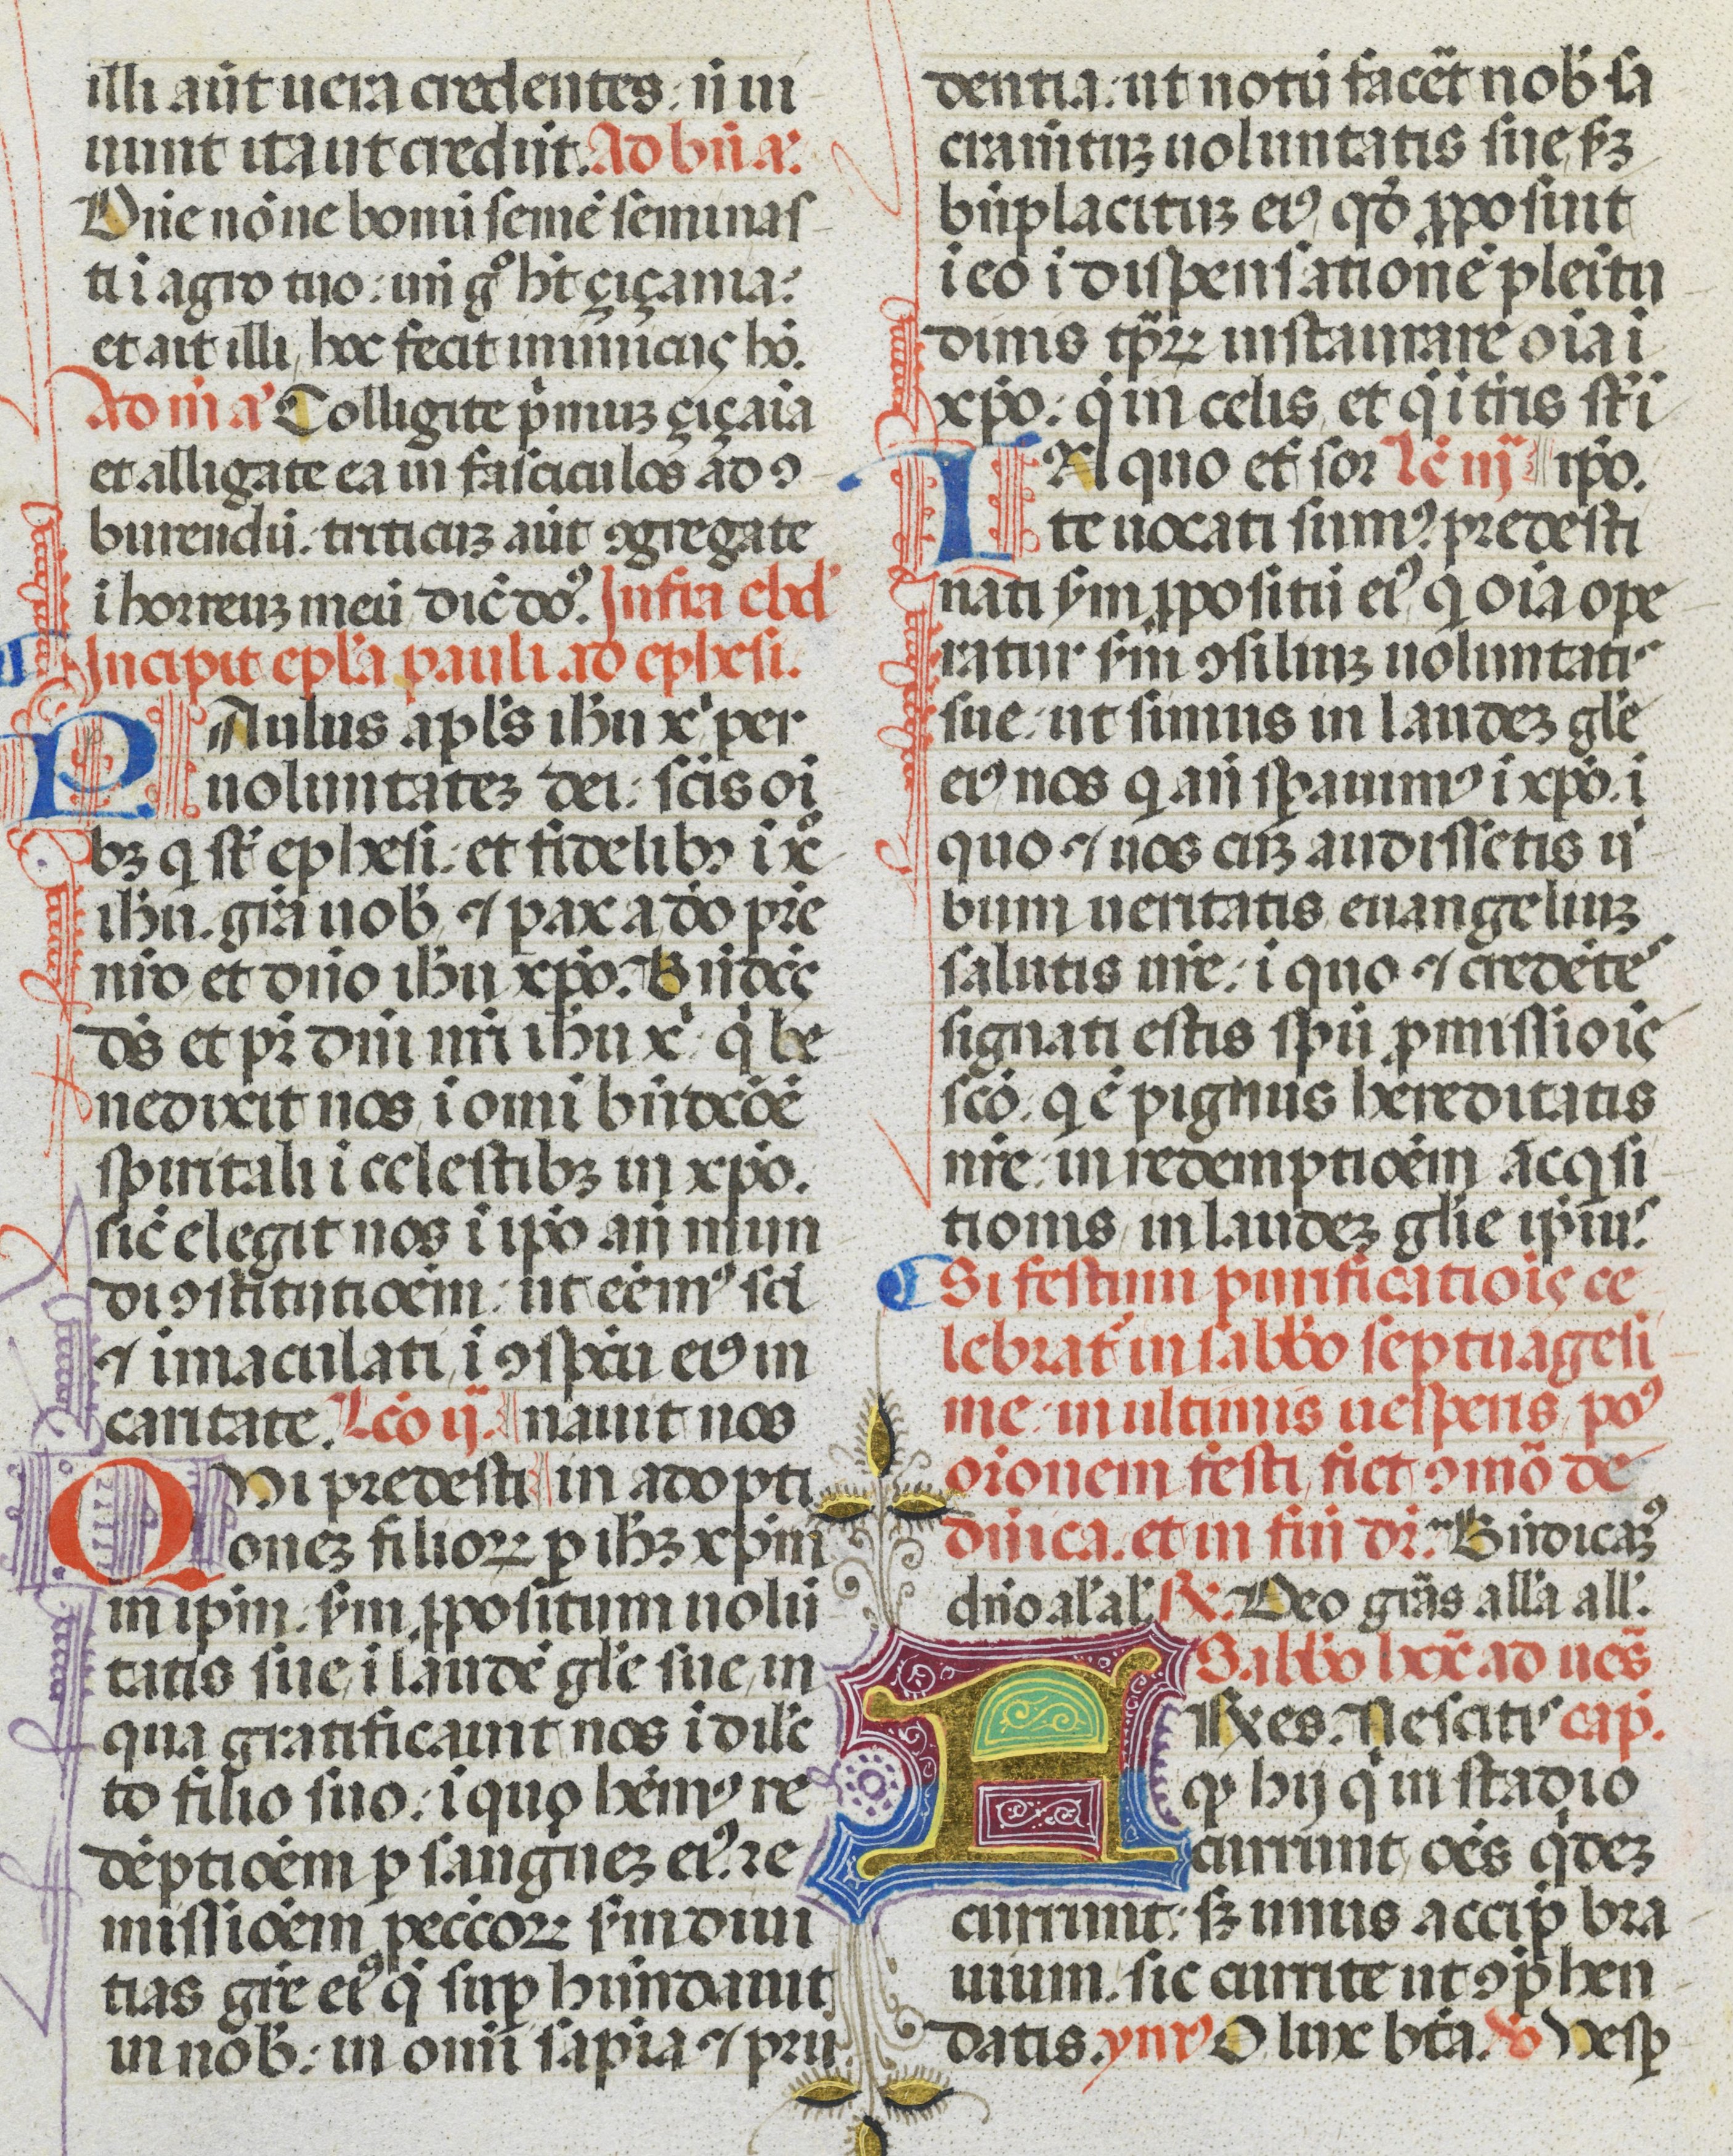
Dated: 1470–1471